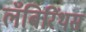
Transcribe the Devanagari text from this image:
लॅबिरिंथस